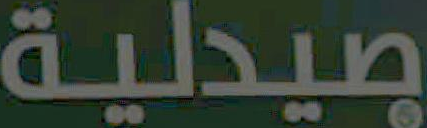
صيدلية